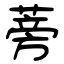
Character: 蒡